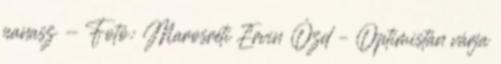
panasz - Fotó: Marosréti Ervin Ózd – Optimistán várja